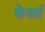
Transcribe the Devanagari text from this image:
केवर्त